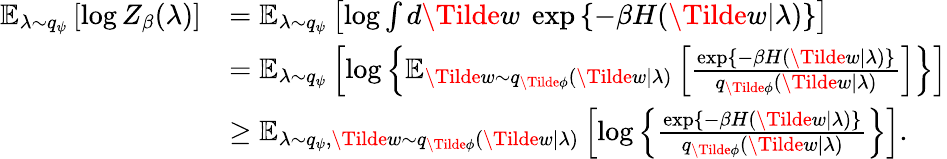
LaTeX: \begin{array}{rl}{\operatorname{\mathbb{E}}_{\lambda\sim q_{\psi}}\left[\log Z_{\beta}(\lambda)\right]}&{=\operatorname{\mathbb{E}}_{\lambda\sim q_{\psi}}\left[\log\int d\Tilde{w}\ \exp\left\{ -\beta H(\Tilde{w}|\lambda)\right\} \right]}\\ &{=\operatorname{\mathbb{E}}_{\lambda\sim q_{\psi}}\left[\log\left\{ \operatorname{\mathbb{E}}_{\Tilde{w}\sim q_{\Tilde{\phi}}(\Tilde{w}|\lambda)}\left[\frac{\exp\left\{ -\beta H(\Tilde{w}|\lambda)\right\} }{q_{\Tilde{\phi}}\left(\Tilde{w}|\lambda\right)}\right]\right\} \right]}\\ &{\geq\operatorname{\mathbb{E}}_{\lambda\sim q_{\psi},\Tilde{w}\sim q_{\Tilde{\phi}}(\Tilde{w}|\lambda)}\left[\log\left\{ \frac{\exp\left\{ -\beta H(\Tilde{w}|\lambda)\right\} }{q_{\Tilde{\phi}}(\Tilde{w}|\lambda)}\right\} \right].}\end{array}